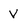
Character: v